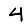
Digit: 4